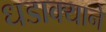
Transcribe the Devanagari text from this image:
धडाक्याने